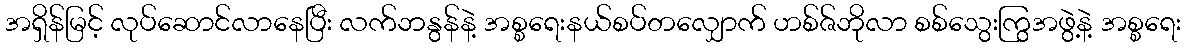
အရှိန်မြင့် လုပ်ဆောင်လာနေပြီး လက်ဘနွန်နဲ့ အစ္စရေးနယ်စပ်တလျှောက် ဟစ်ဇ်ဘိုလာ စစ်သွေးကြွအဖွဲ့နဲ့ အစ္စရေး